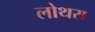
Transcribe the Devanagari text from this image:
लोथरा